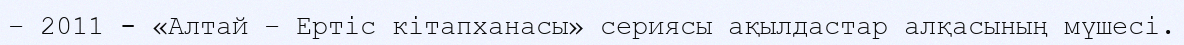
– 2011 - «Алтай – Ертіс кітапханасы» сериясы ақылдастар алқасының мүшесі.